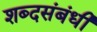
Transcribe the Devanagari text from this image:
शब्दसंबंधी